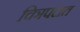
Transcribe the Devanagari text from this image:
चिञपटात